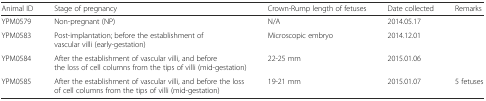
| Animal ID | Stage of pregnancy | Crown-Rump length of fetuses | Date collected | Remarks |
 | --- | --- | --- | --- | --- |
 | YPM0579 | Non-pregnant (NP) | N/A | 2014.05.17 |  |
 | YPM0583 | Post-implantation; before the establishment of vascular villi (early-gestation) | Microscopic embryo | 2014.12.01 |  |
 | YPM0584 | After the establishment of vascular villi, and before the loss of cell columns from the tips of villi (mid-gestation) | 22-25 mm | 2015.01.06 |  |
 | YPM0585 | After the establishment of vascular villi, and before the loss of cell columns from the tips of villi (mid-gestation) | 19-21 mm | 2015.01.07 | 5 fetuses |